Report on vaccination in the Province of Bengal - 1874-1889
Year: 1874
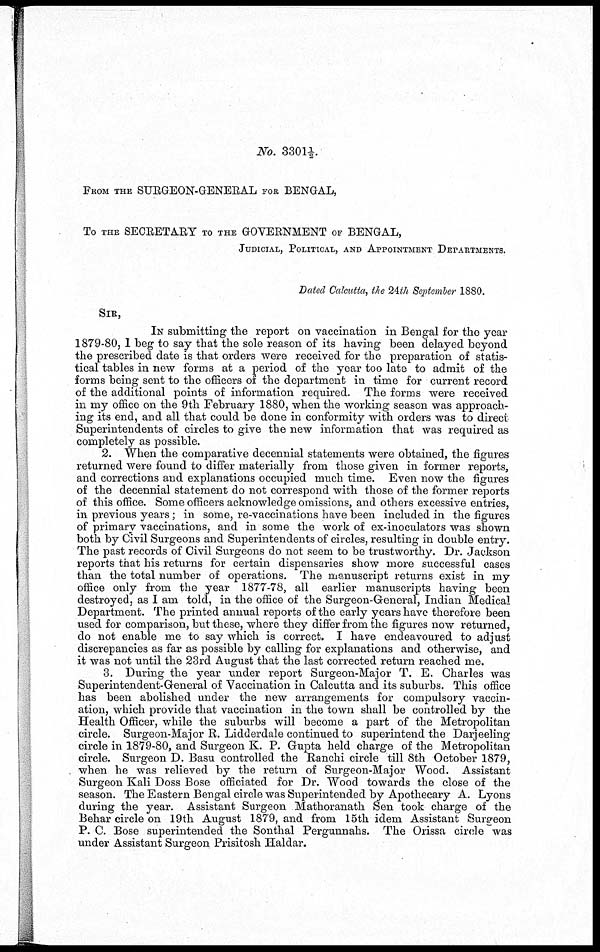
No. 3301 1/2.
FROM THE SURGEON-GENERAL FOR BENGAL,
To THE SECRETARY TO THE GOVERNMENT OF BENGAL,
JUDICIAL, POLITICAL, AND APPOINTMENT DEPARTMENTS.
Dated Calcutta, the 24th September 1880.
SIR,
IN submitting the report on vaccination in Bengal for the year
1879-80, I beg to say that the sole reason of its having been delayed beyond
the prescribed date is that orders were received for the preparation of statis-
tical tables in new forms at a period of the year too late to admit of the
forms being sent to the officers of the department in time for current record
of the additional points of information required. The forms were received
in my office on the 9th February 1880, when the working season was approach-
ing its end, and all that could be done in conformity with orders was to direct
Superintendents of circles to give the new information that was required as
completely as possible.
2. When the comparative decennial statements were obtained, the figures
returned were found to differ materially from those given in former reports,
and corrections and explanations occupied much time. Even now the figures
of the decennial statement do not correspond with those of the former reports
of this office. Some officers acknowledge omissions, and others excessive entries,
in previous years; in some, re-vaccinations have been included in the figures
of primary vaccinations, and in some the work of ex-inoculators was shown
both by Civil Surgeons and Superintendents of circles, resulting in double entry.
The past records of Civil Surgeons do not seem to be trustworthy. Dr. Jackson
reports that his returns for certain dispensaries show more successful cases
than the total number of operations. The manuscript returns exist in my
office only from the year 1877-78, all earlier manuscripts having been
destroyed, as I am told, in the office of the Surgeon-General, Indian Medical
Department. The printed annual reports of the early years have therefore been
used for comparison, but these, where they differ from the figures now returned,
do not enable me to say which is correct. I have endeavoured to adjust
discrepancies as far as possible by calling for explanations and otherwise, and
it was not until the 23rd August that the last corrected return reached me.
3. During the year under report Surgeon-Major T. E. Charles was
Superintendent-General of Vaccination in Calcutta and its suburbs. This office
has been abolished under the new arrangements for compulsory vaccin-
ation, which provide that vaccination in the town shall be controlled by the
Health Officer, while the suburbs will become a part of the Metropolitan
circle. Surgeon-Major R. Lidderdale continued to superintend the Darjeeling
circle in 1879-80, and Surgeon K. P. Gupta held charge of the Metropolitan
circle. Surgeon D. Basu controlled the Ranchi circle till 8th October 1879,
when he was relieved by the return of Surgeon-Major Wood. Assistant
Surgeon Kali Doss Bose officiated for Dr. Wood towards the close of the
season. The Eastern Bengal circle was Superintended by Apothecary A. Lyons
during the year. Assistant Surgeon Mathoranath Sen took charge of the
Behar circle on 19th August 1879, and from 15th idem Assistant Surgeon
P. C. Bose superintended the Sonthal Pergunnahs. The Orissa circle was
under Assistant Surgeon Prisitosh Haldar.